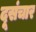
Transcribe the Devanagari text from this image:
दूसंचार